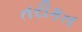
તરીકત